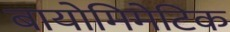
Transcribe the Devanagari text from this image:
बायोमिमेटिक